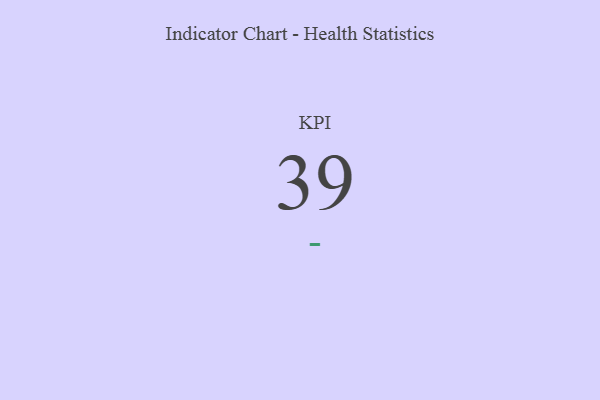
{"axis": {"x": "KPI", "y": "Value"}, "legend": [""], "data": [{"x": "KPI", "y": 39, "type": ""}]}